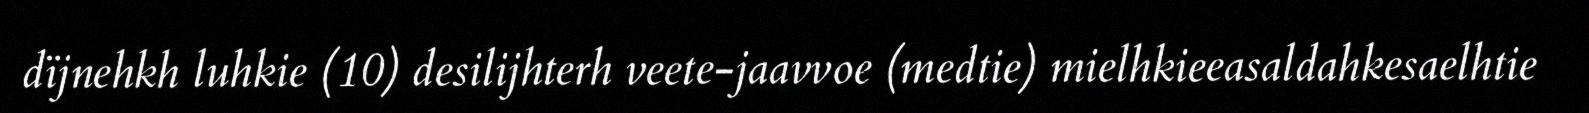
dïjnehkh luhkie (10) desilijhterh veete-jaavvoe (medtie) mielhkieeasaldahkesaelhtie